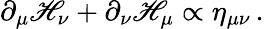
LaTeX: \partial_{\mu}\mathscr{H}_{\nu}+\partial_{\nu}\mathscr{H}_{\mu}\propto\eta_{\mu\nu}\, .